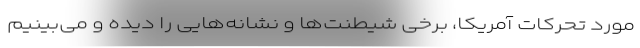
مورد تحرکات آمریکا، برخی شیطنت‌ها و نشانه‌هایی را دیده و می‌بینیم